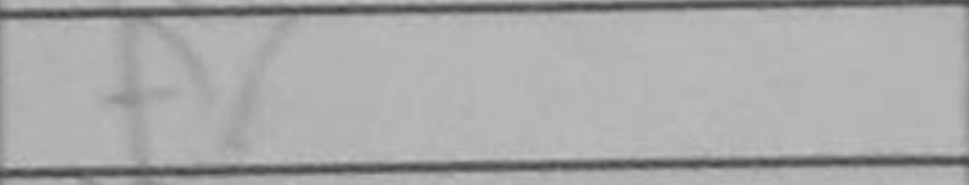
Transcription: f6